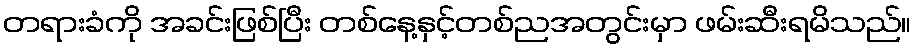
တရားခံကို အခင်းဖြစ်ပြီး တစ်နေ့နှင့်တစ်ညအတွင်းမှာ ဖမ်းဆီးရမိသည်။